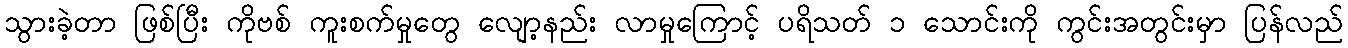
သွားခဲ့တာ ဖြစ်ပြီး ကိုဗစ် ကူးစက်မှုတွေ လျော့နည်း လာမှုကြောင့် ပရိသတ် ၁ သောင်းကို ကွင်းအတွင်းမှာ ပြန်လည်